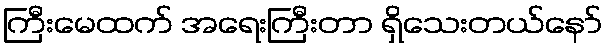
ကြီးမေထက် အရေးကြီးတာ ရှိသေးတယ်နော်